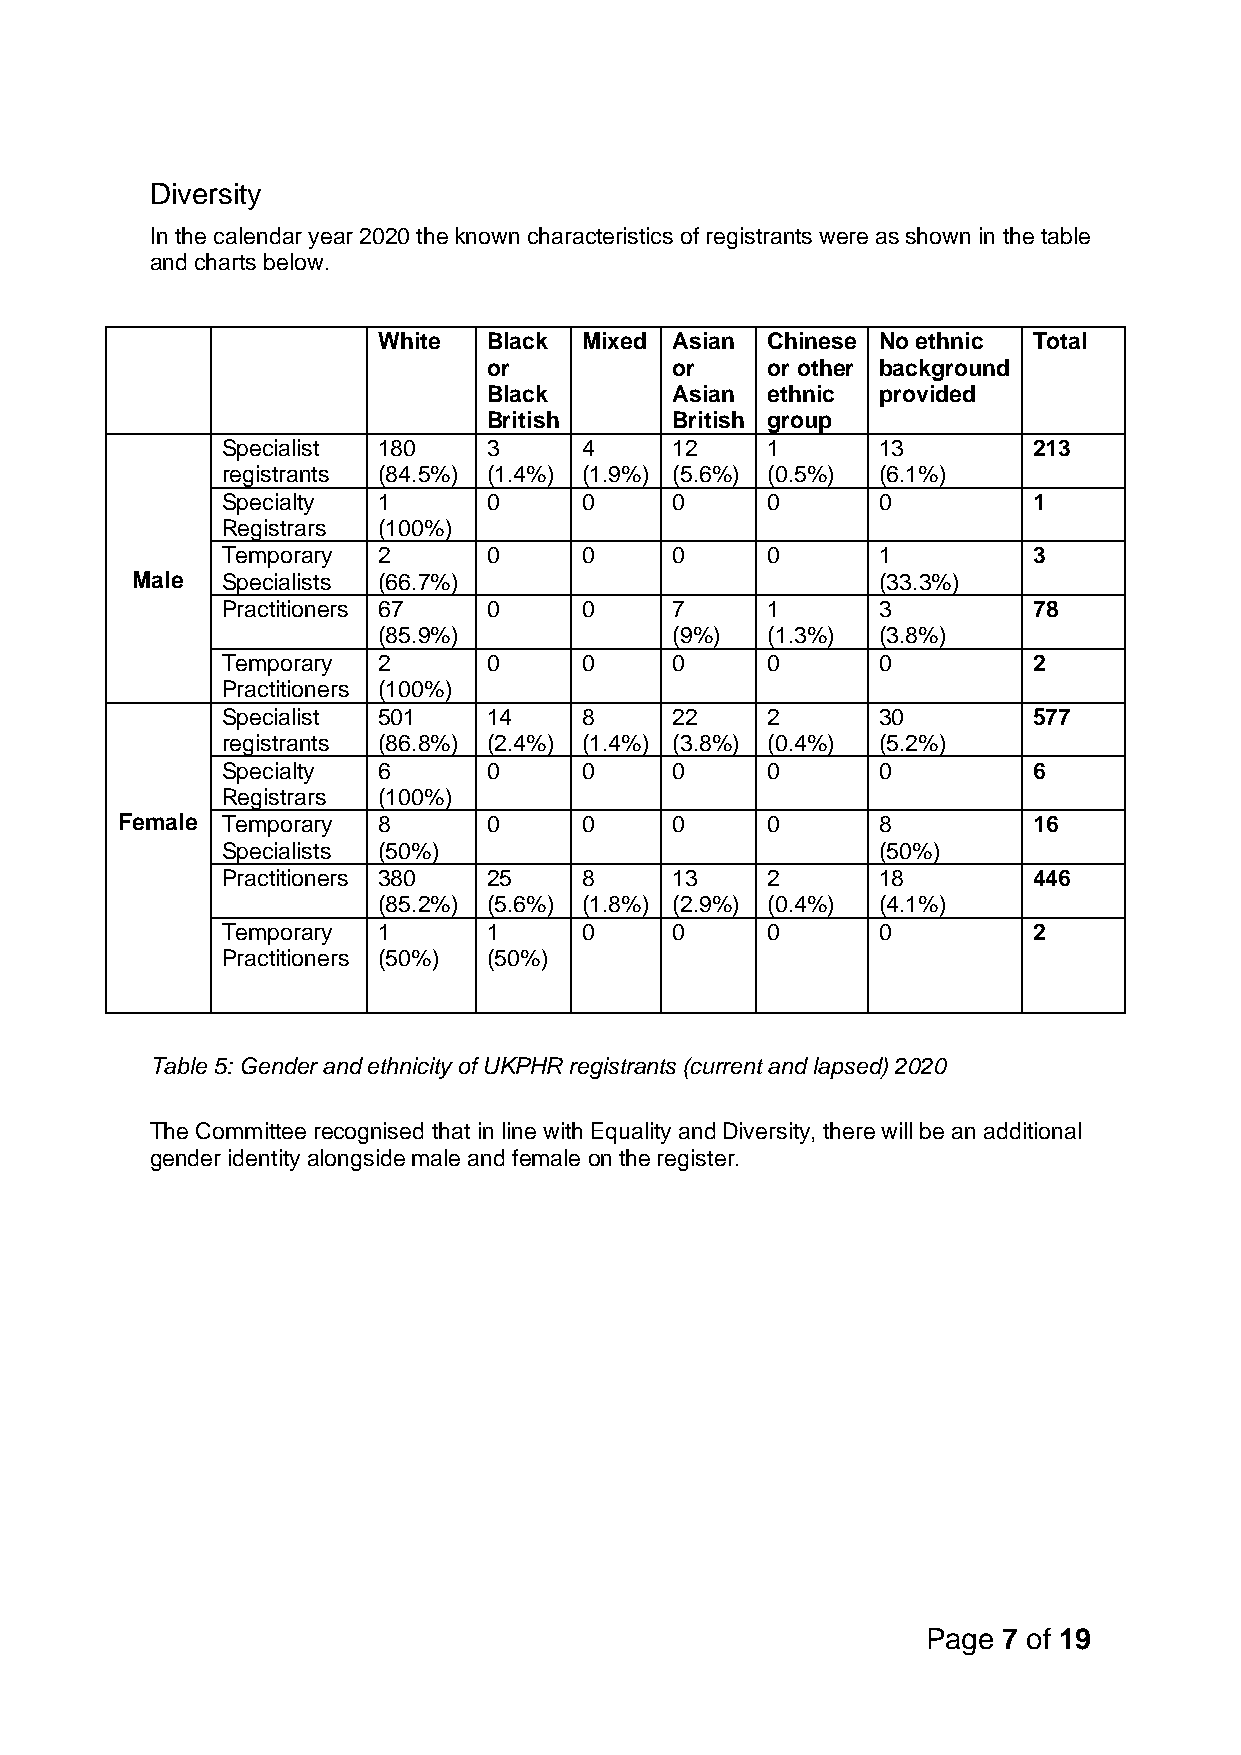
Diversity
 In the calendar year 2020 the known characteristics of registrants were as shown in the table
 and charts below.
 White  Black  Mixed Asian Chinese No ethnic Total
 or          or     or other background
 Black       Asian  ethnic provided
 British     British group
 Specialist 180   3      4    12     1      13        213
 registrants (84.5%) (1.4%) (1.9%) (5.6%) (0.5%) (6.1%)
 Specialty 1      0      0    0      0      0         1
 Registrars (100%)
 Temporary 2      0      0    0      0      1         3
 Male  Specialists (66.7%)                        (33.3%)
 Practitioners 67 0      0    7      1      3         78
 (85.9%)            (9%)   (1.3%) (3.8%)
 Temporary 2      0      0    0      0      0         2
 Practitioners (100%)
 Specialist 501   14     8    22     2      30        577
 registrants (86.8%) (2.4%) (1.4%) (3.8%) (0.4%) (5.2%)
 Specialty 6      0      0    0      0      0         6
 Registrars (100%)
 Female Temporary 8      0      0    0      0      8         16
 Specialists (50%)                          (50%)
 Practitioners 380 25    8    13     2      18        446
 (85.2%) (5.6%) (1.8%) (2.9%) (0.4%) (4.1%)
 Temporary 1      1      0    0      0      0         2
 Practitioners (50%) (50%)
 Table 5: Gender and ethnicity of UKPHR registrants (current and lapsed) 2020
 The Committee recognised that in line with Equality and Diversity, there will be an additional
 gender identity alongside male and female on the register.
 Page 7 of 19